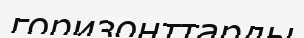
горизонттарды